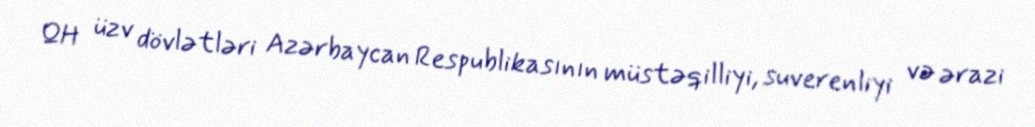
QH üzv dövlətləri Azərbaycan Respublikasının müstəqilliyi, suverenliyi və ərazi